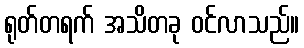
ရုတ်တရက် အသိတခု ဝင်လာသည်။